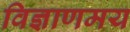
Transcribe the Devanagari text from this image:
विज्ञाणमय